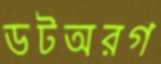
ডটঅরগ